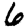
Digit: 6